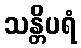
သန္တိပရံ